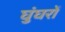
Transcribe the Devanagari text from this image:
घुंघरों